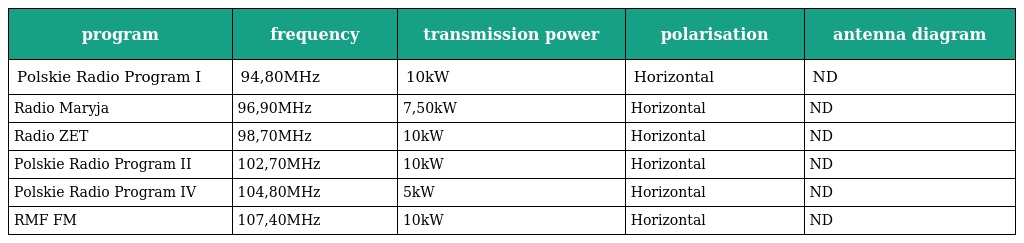
| program | frequency | transmission power | polarisation | antenna diagram |
 | --- | --- | --- | --- | --- |
 | Polskie Radio Program I | 94,80MHz | 10kW | Horizontal | ND |
 | Radio Maryja | 96,90MHz | 7,50kW | Horizontal | ND |
 | Radio ZET | 98,70MHz | 10kW | Horizontal | ND |
 | Polskie Radio Program II | 102,70MHz | 10kW | Horizontal | ND |
 | Polskie Radio Program IV | 104,80MHz | 5kW | Horizontal | ND |
 | RMF FM | 107,40MHz | 10kW | Horizontal | ND |